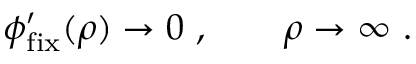
\phi _ { \mathrm { f i x } } ^ { \prime } ( \rho ) \rightarrow 0 \ , \qquad \rho \rightarrow \infty \ .